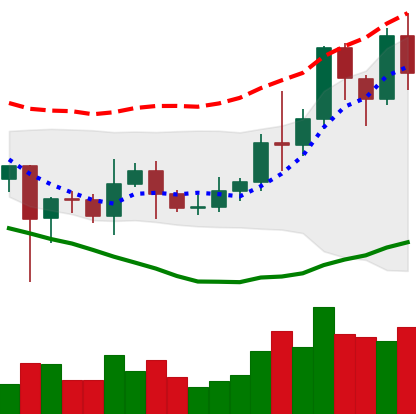
Ticker: LINK-USD
Chart end date: 2021-01-10
Forward return: 27.465%
Label: up_7plus